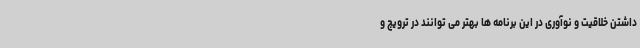
داشتن خلاقیت و نوآوری در این برنامه ها بهتر می توانند در ترویج و